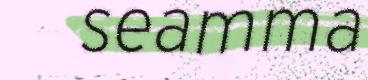
seamma